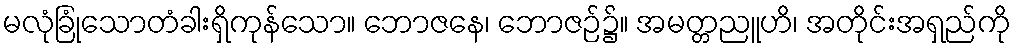
မလုံခြုံသောတံခါးရှိကုန်သော။ ဘောဇနေ၊ ဘောဇဉ်၌။ အမတ္တညူဟိ၊ အတိုင်းအရှည်ကို